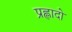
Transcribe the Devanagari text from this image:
प्रह्लादो